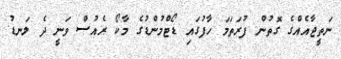
ނަތީޖާއެއްގެ ގޮތުން ފުރަތަމަ ހާފުގައި ޑޯޓްމުންޑުގެ މާކޯ ރެއުސް ވަނީ ދެ ލަނޑު